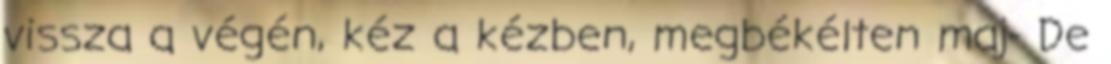
vissza a végén, kéz a kézben, megbékélten maj- De